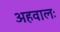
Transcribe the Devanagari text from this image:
अहवालः